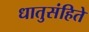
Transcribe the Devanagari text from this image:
धातुसंहिते